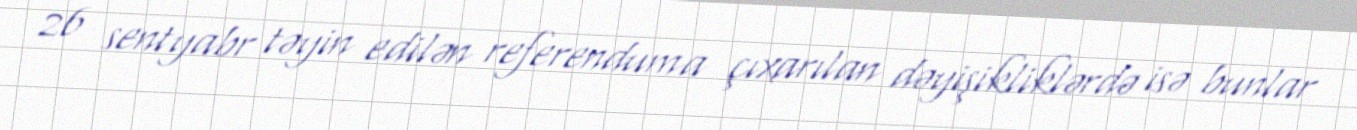
26 sentyabr təyin edilən referenduma çıxarılan dəyişikliklərdə isə bunlar